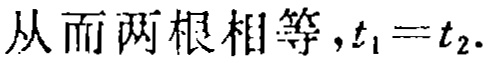
从而两根相等,$t_{1}=t_{2}$.